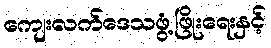
ကျေးလက်ဒေသဖွံ့ဖြိုးရေးနှင့်